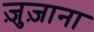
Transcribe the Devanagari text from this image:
ज़ुज़ाना